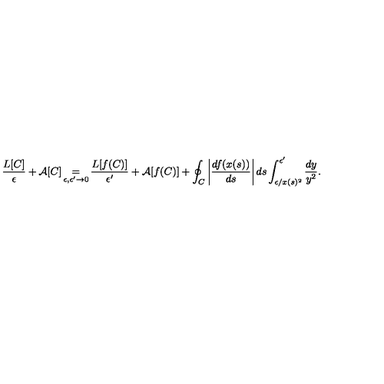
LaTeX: \frac { L [ C ] } { \epsilon } + \mathcal { A } [ C ] \mathop { = } _ { \epsilon , \epsilon ^ { \prime } \to 0 } \frac { L [ f ( C ) ] } { \epsilon ^ { \prime } } + \mathcal { A } [ f ( C ) ] + \oint _ { C } \left| \frac { d f ( x ( s ) ) } { d s } \right| d s \int _ { \epsilon / x ( s ) ^ { 2 } } ^ { \epsilon ^ { \prime } } \frac { d y } { y ^ { 2 } } .